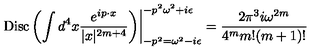
\left. \mathrm { D i s c } \left( \int d ^ { 4 } x { \frac { e ^ { i p \cdot x } } { | x | ^ { 2 m + 4 } } } \right) \right| _ { - p ^ { 2 } = \omega ^ { 2 } - i \epsilon } ^ { - p ^ { 2 } \omega ^ { 2 } + i \epsilon } = { \frac { 2 \pi ^ { 3 } i \omega ^ { 2 m } } { 4 ^ { m } m ! ( m + 1 ) ! } }